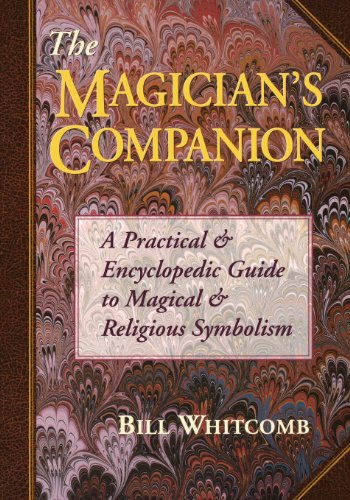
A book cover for The Magician's Companion: A Practical and Encyclopedic Guide to Magical and Religious Symbolism (Llewellyn's Sourcebook); Bill Whitcomb; Reference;